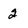
Character: 2